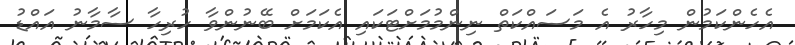
އެހެންކަމުން މިހާރު އެ މަސައްކަތް ނިންމުމަށްޓަކައި އެކަމަށް ބޭނުންވާ ހުރިހާ ސާމާނު އައްޑު